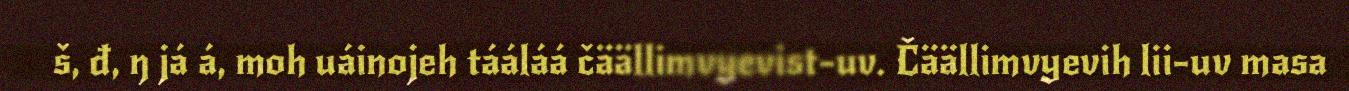
š, đ, ŋ já á, moh uáinojeh tááláá čäällimvyevist-uv. Čäällimvyevih lii-uv masa